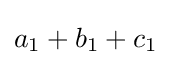
a_{1}+b_{1}+c_{1}